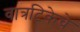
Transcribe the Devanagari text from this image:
वात्रटिकेचे